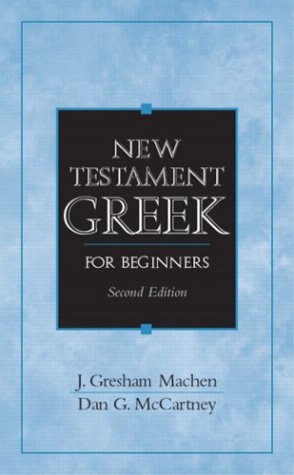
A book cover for New Testament Greek for Beginners (2nd Edition); J. Gresham Machen Deceased; Christian Books & Bibles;